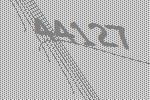
44127